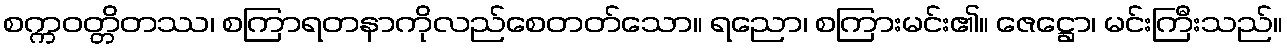
စက္ကဝတ္တိတဿ၊ စကြာရတနာကိုလည်စေတတ်သော။ ရညော၊ စကြားမင်း၏။ ဇေဋ္ဌော၊ မင်းကြီးသည်။